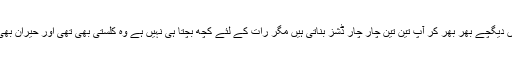
ایک ٹائم میں دیگچے بھر بھر کر آپ تین تین چار چار ڈشز بناتی ہیں مگر رات کے لئے کچھ بچتا ہی نہیں ہے وہ کلستی بھی تھی اور حیران بھی ہوتی تھی۔